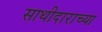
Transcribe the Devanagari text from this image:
साथीदाराच्या